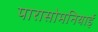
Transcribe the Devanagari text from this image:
पारासोमनियाई